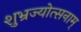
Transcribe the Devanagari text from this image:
शुभ्रज्योत्सनाम्